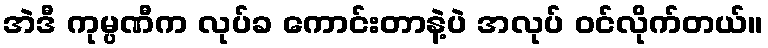
အဲဒီ ကုမ္ပဏီက လုပ်ခ ကောင်းတာနဲ့ပဲ အလုပ် ဝင်လိုက်တယ်။